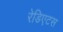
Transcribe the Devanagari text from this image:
रेडिएटस